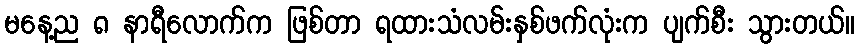
မနေ့ည ၈ နာရီလောက်က ဖြစ်တာ ရထားသံလမ်းနှစ်ဖက်လုံးက ပျက်စီး သွားတယ်။